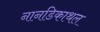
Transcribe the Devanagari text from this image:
नानडिकाथल